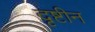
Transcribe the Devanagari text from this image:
दृष्टीन